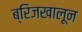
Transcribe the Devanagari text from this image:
ब्रिजखालून